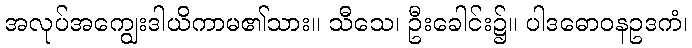
အလုပ်အကျွေးဒါယိကာမ၏သား။ သီသေ၊ ဦးခေါင်း၌။ ပါဒဓောဝနဥဒကံ၊